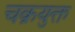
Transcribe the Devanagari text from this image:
चक्रयुक्त